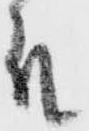
殿